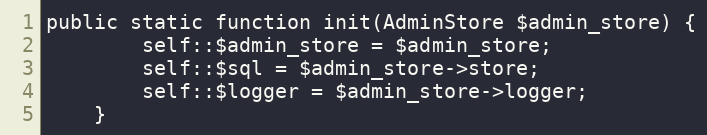
Language: PHP
public static function init(AdminStore $admin_store) {
		self::$admin_store = $admin_store;
		self::$sql = $admin_store->store;
		self::$logger = $admin_store->logger;
	}